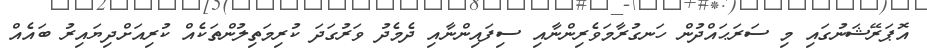
އޮޕަރޭޝަނުގައި މި ސަރަޙަައްދުން ހަނގުރާމަވެރިންނާއި ސިފައިންނާއި ދެމެދު ވަރުގަދަ ކުރިމަތިލުންތަކެއް ކުރިއަށްދިޔައިރު ބައެއް